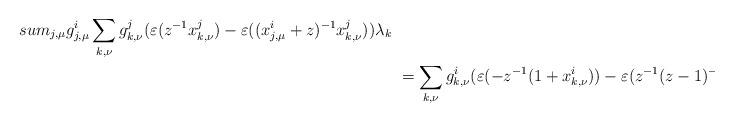
LaTeX: \begin{align*} &\\sum_{j,\mu} g^i_{j,\mu} \sum_{k,\nu} g^j_{k,\nu} (\varepsilon(z^{-1} x^j_{k,\nu})- \varepsilon((x^i_{j,\mu}+z)^{-1} x^j_{k,\nu})) \lambda_k \\ &\ = \sum_{k,\nu} g^i_{k,\nu} (\varepsilon(-z^{-1}(1+x^i_{k,\nu}))-\varepsilon(z^{-1}(z-1)^{-1}(x^i_{k,\nu}-z+1)) )\lambda_k\end{align*}